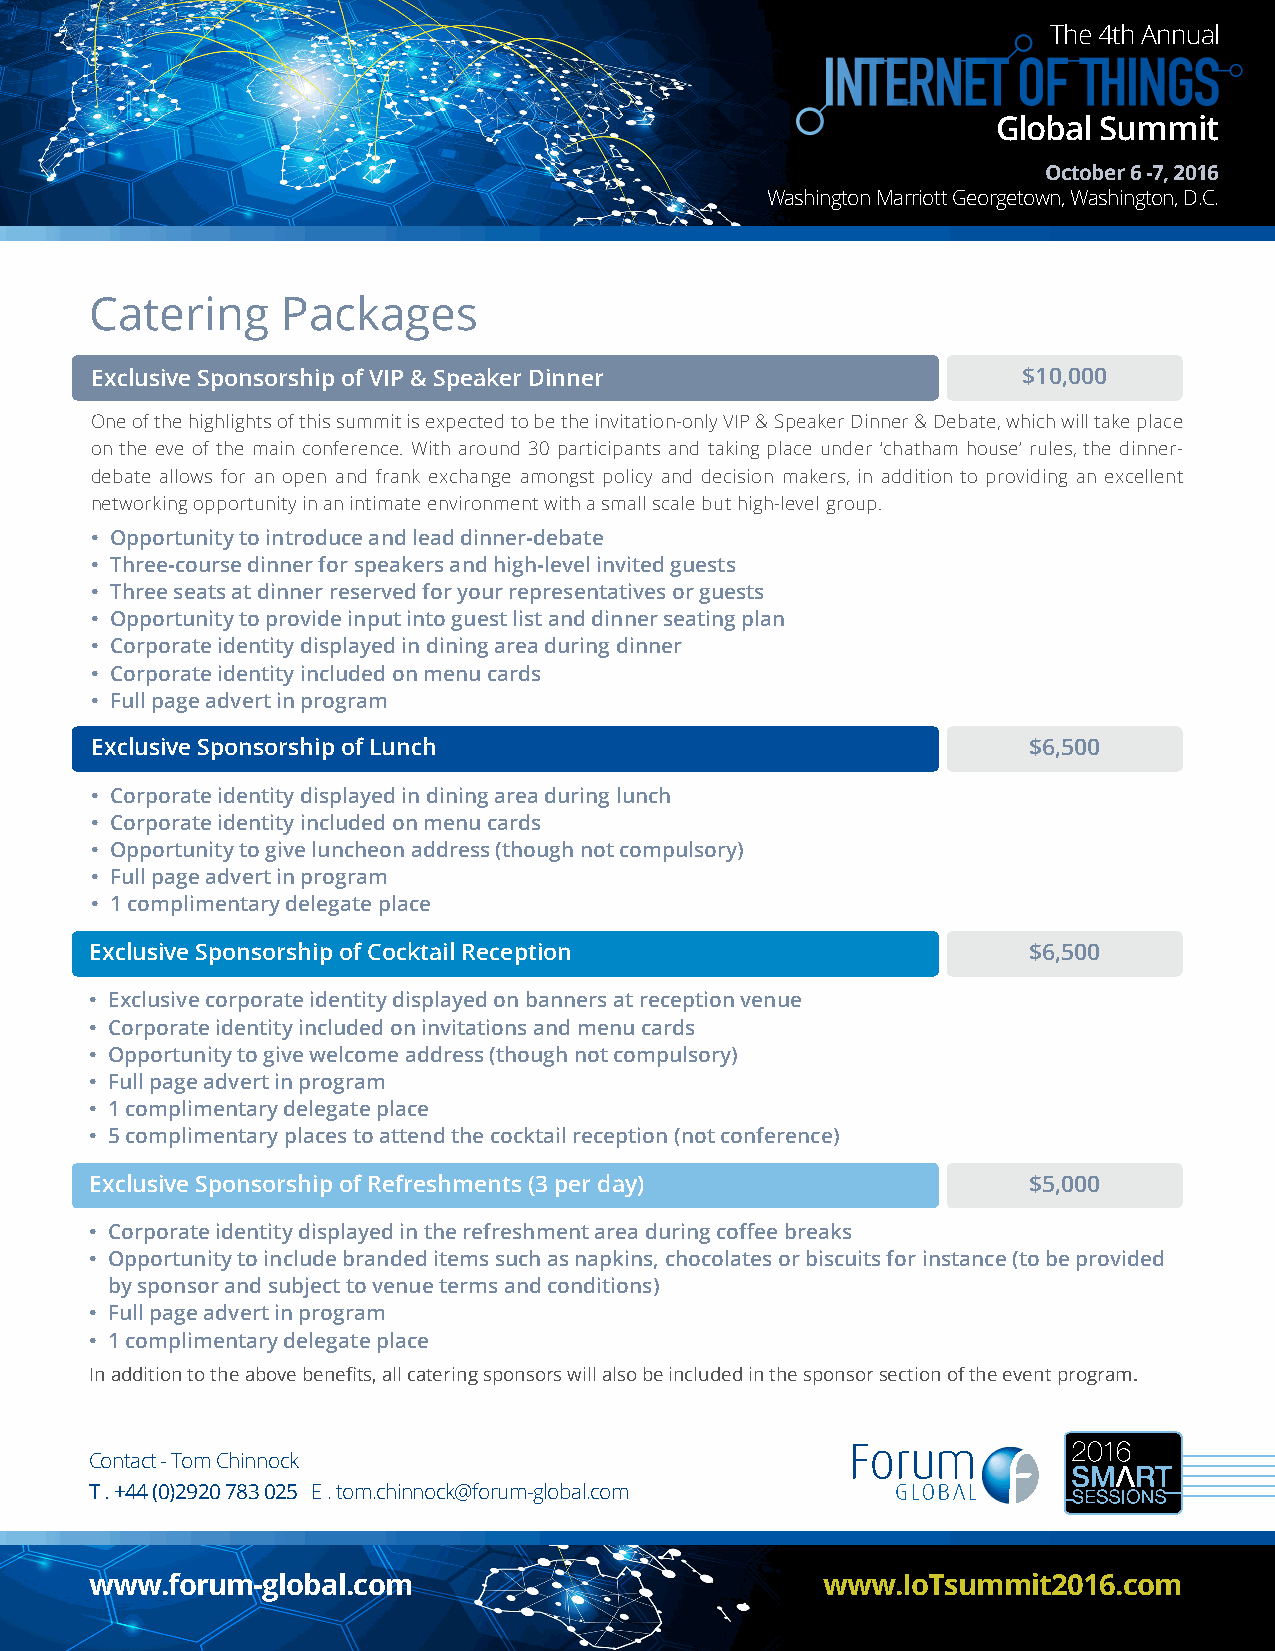
The 4th Annual
 Global Summit
 October 6 -7, 2016
 Washington Marriott Georgetown, Washington, D.C.
 Catering     Packages
 Exclusive Sponsorship of VIP & Speaker Dinner                 $10,000
 One of the highlights of this summit is expected to be the invitation-only VIP & Speaker Dinner & Debate, which will take place
 on the eve of the main conference. With around 30 participants and taking place under ‘chatham house’ rules, the dinner-
 debate allows for an open and frank exchange amongst policy and decision makers, in addition to providing an excellent
 networking opportunity in an intimate environment with a small scale but high-level group.
 • Opportunity to introduce and lead dinner-debate
 • Three-course dinner for speakers and high-level invited guests
 • Three seats at dinner reserved for your representatives or guests
 • Opportunity to provide input into guest list and dinner seating plan
 • Corporate identity displayed in dining area during dinner
 • Corporate identity included on menu cards
 • Full page advert in program
 Exclusive Sponsorship of Lunch                                $6,500
 • Corporate identity displayed in dining area during lunch
 • Corporate identity included on menu cards
 • Opportunity to give luncheon address (though not compulsory)
 • Full page advert in program
 • 1 complimentary delegate place
 Exclusive Sponsorship of Cocktail Reception                   $6,500
 • Exclusive corporate identity displayed on banners at reception venue
 • Corporate identity included on invitations and menu cards
 • Opportunity to give welcome address (though not compulsory)
 • Full page advert in program
 • 1 complimentary delegate place
 • 5 complimentary places to attend the cocktail reception (not conference)
 Exclusive Sponsorship of Refreshments (3 per day)             $5,000
 • Corporate identity displayed in the refreshment area during coffee breaks
 • Opportunity to include branded items such as napkins, chocolates or biscuits for instance (to be provided
 by sponsor and subject to venue terms and conditions)
 • Full page advert in program
 • 1 complimentary delegate place
 In addition to the above benefits, all catering sponsors will also be included in the sponsor section of the event program.
 Contact - Tom Chinnock
 T . +44 (0)2920 783 025 E . tom.chinnock@forum-global.com
 www.forum-global.com                             www.IoTsummit2016.com